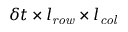
\delta t \times l _ { \mathit { r o w } } \times l _ { \mathit { c o l } }